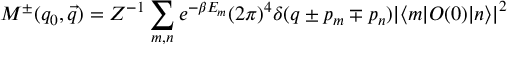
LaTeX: M ^ { \pm } ( q _ { 0 } , \vec { q } ) = Z ^ { - 1 } \sum _ { m , n } e ^ { - \beta E _ { m } } { ( 2 \pi ) } ^ { 4 } \delta ( q \pm p _ { m } \mp p _ { n } ) { | \langle m | O ( 0 ) | n \rangle | } ^ { 2 }